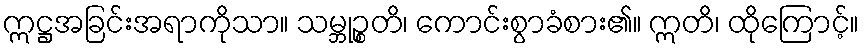
ဣဋ္ဌအခြင်းအရာကိုသာ။ သမ္ဘုဉ္စတိ၊ ကောင်းစွာခံစား၏။ ဣတိ၊ ထိုကြောင့်။